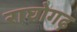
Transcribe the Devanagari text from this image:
राघोगढ़